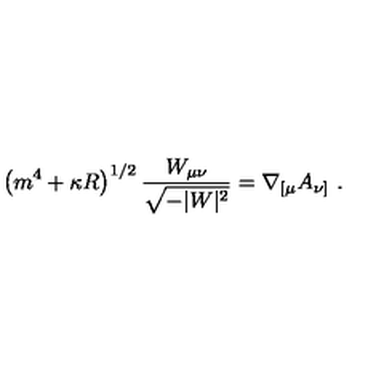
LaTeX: \left( m ^ { 4 } + \kappa R \right) ^ { 1 / 2 } { \frac { W _ { \mu \nu } } { \sqrt { - | W | ^ { 2 } } } } = \nabla _ { [ \mu } A _ { \nu ] } \ .